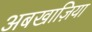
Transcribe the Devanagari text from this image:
अबखाज़िया